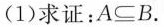
(1)求证：$$A ⊆ B$$ .